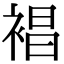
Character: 裮